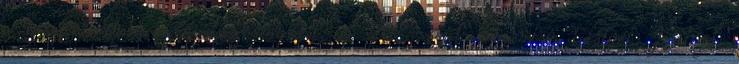
a kiszámíthatatlan következményektől, és attól, amit magamban találnék. Rettegek